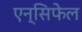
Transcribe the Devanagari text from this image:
एन्सिफेल